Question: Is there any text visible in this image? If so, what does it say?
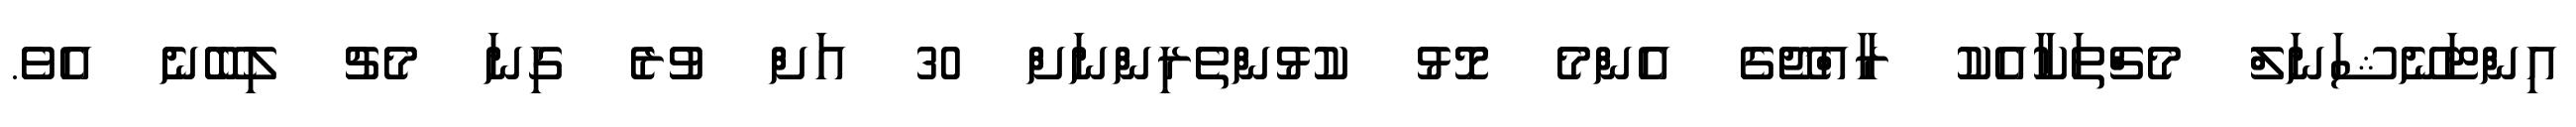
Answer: އިންޓަނޭޝަނަލް މެޗްތަކާއެކު ރާއްޖޭގެ އެންމެ މޮޅު ކުޅުންތެރިންނަށް 30 އަށް ވުރެ ގިނަ މެޗު ލިބޭނެ އެވެ.